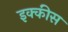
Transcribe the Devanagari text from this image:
इक्‍कीस